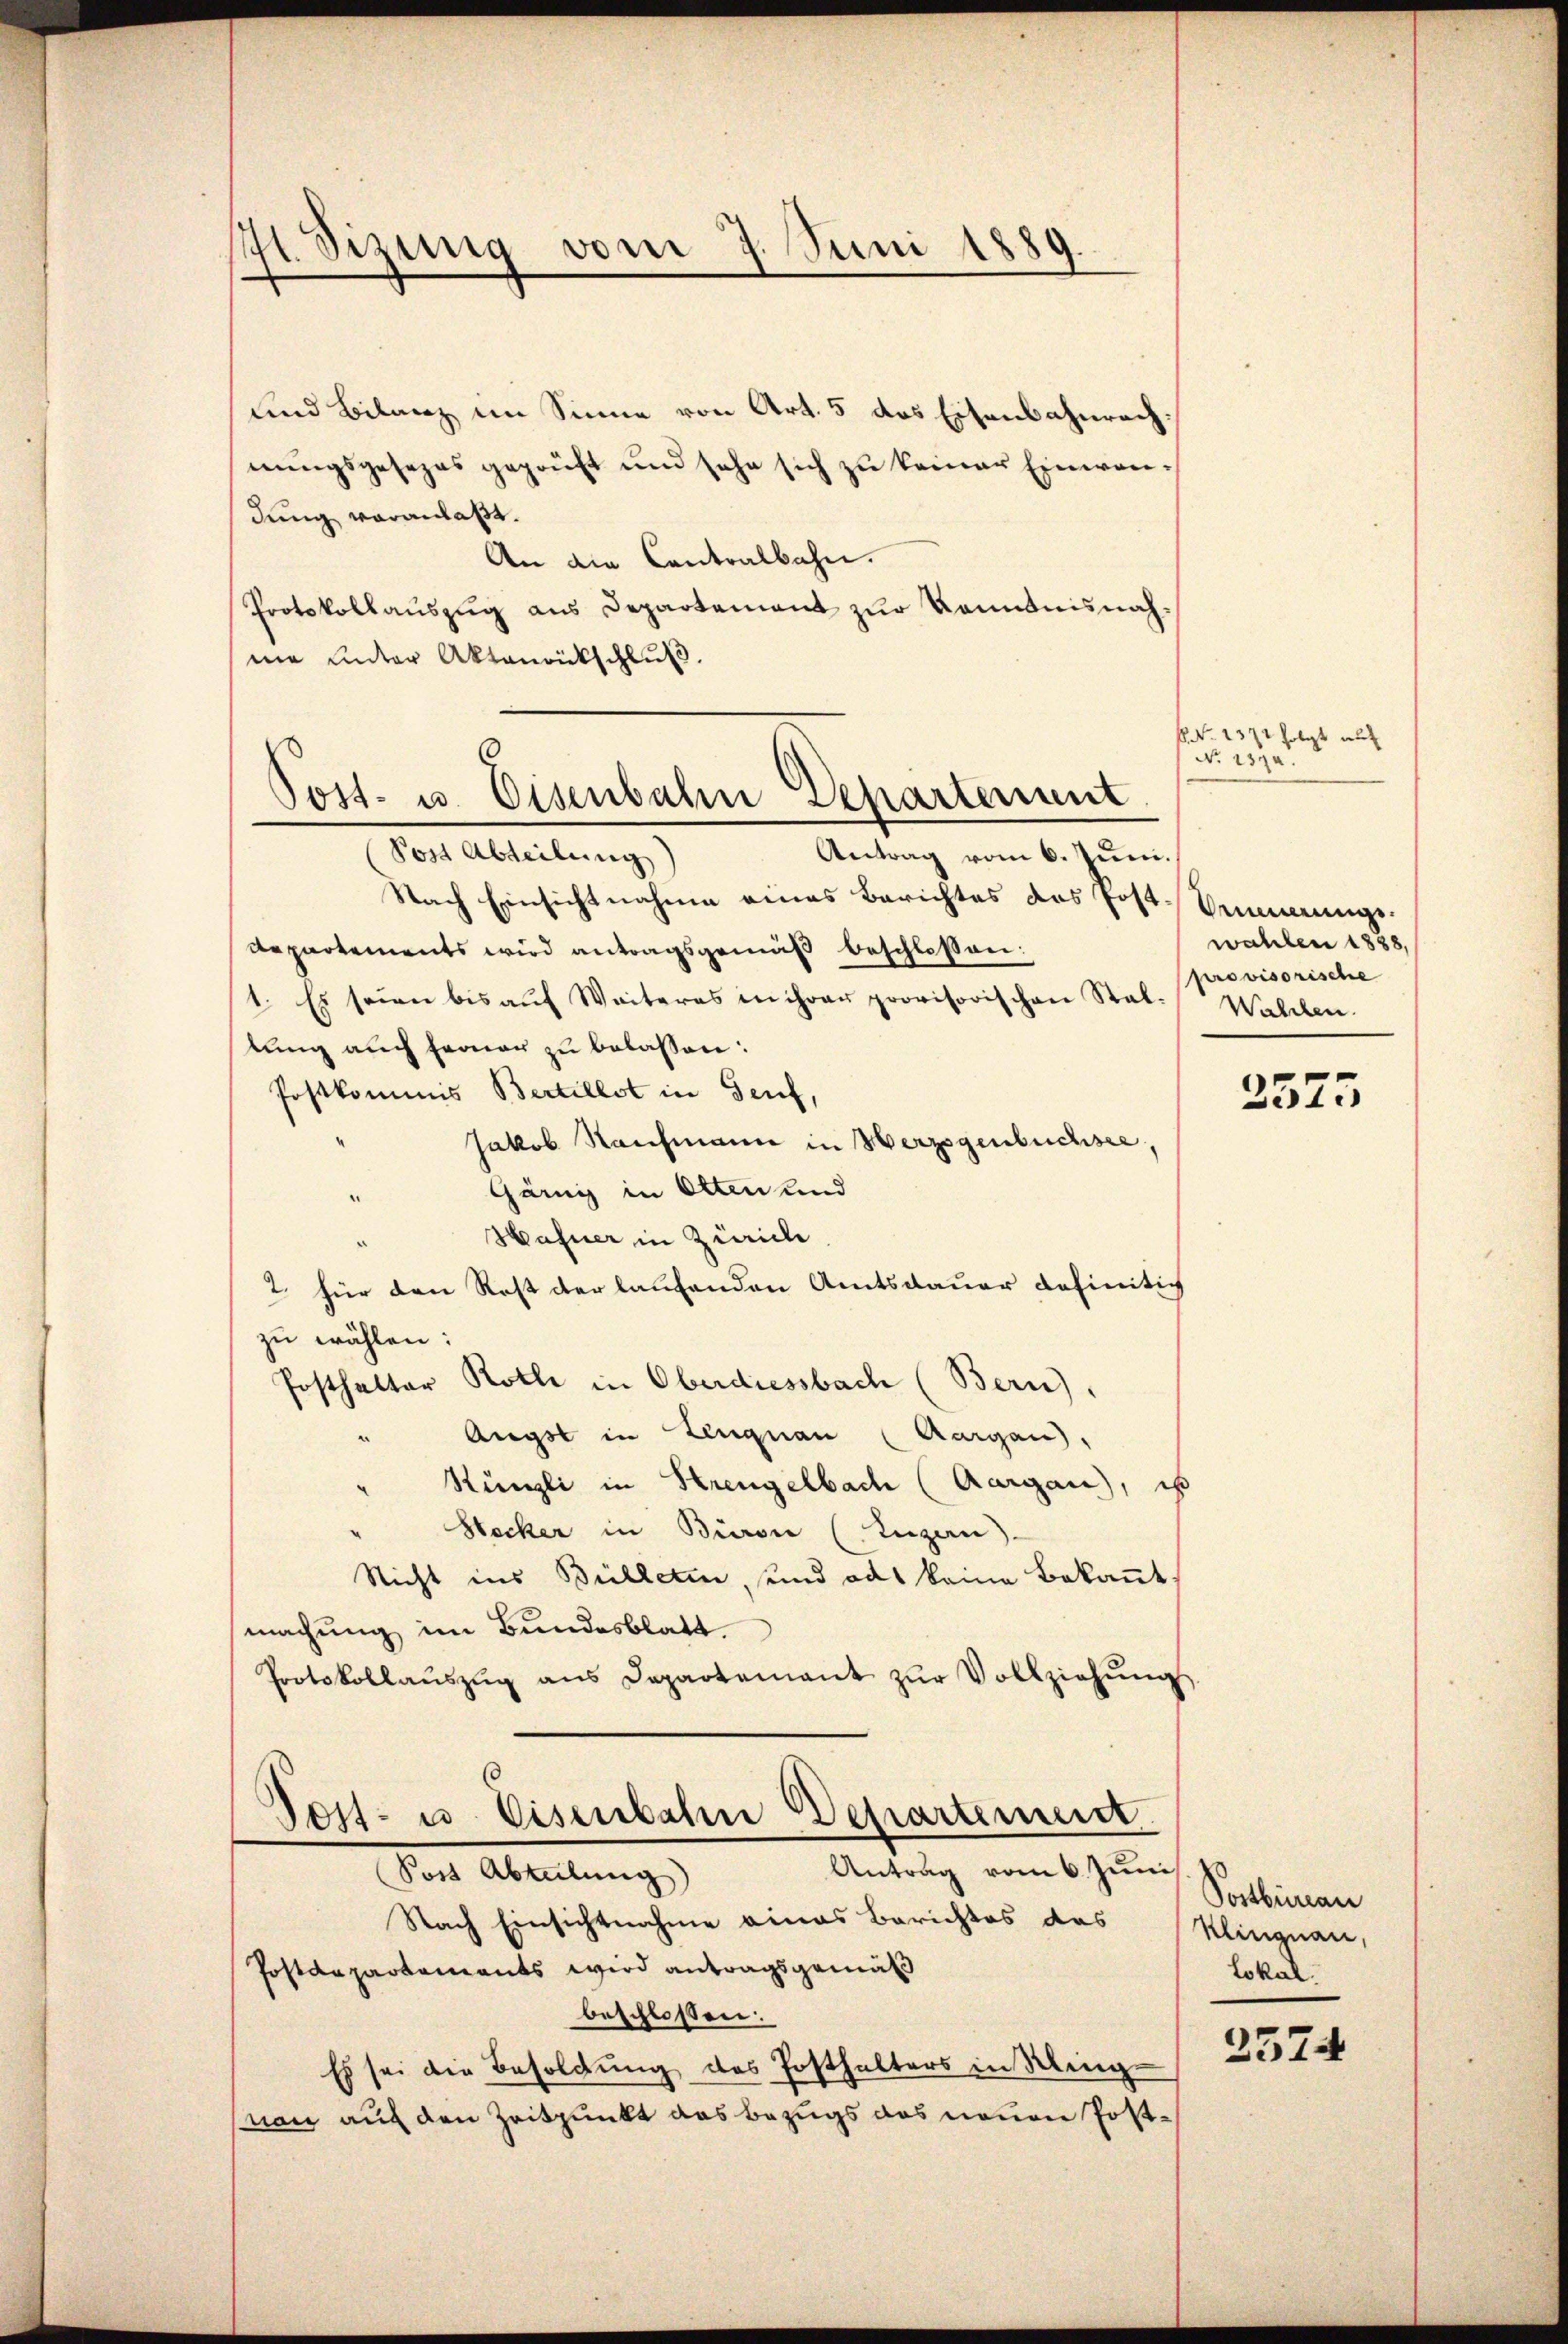
41. Sizung vom 7. Juni 1889.

und Bilanz im Sinne von Art. 5 das Eisenbahnrach:
nungsgesezes geprüft und sehe sich zu keiner Einwendung voranlaßt.
An die Contralbahn.
Protokollauszug aus Departement zur Kenntnisnahnie unter Aktenrückschluß.

Nach Einsichtnahme eines Berichtes das Post-Seminge¬
Repartements wird antragsgemäß beschlossen:
1. Es seien bis aŭf Weiteres in ihrer provisorischen Stal-
lung auch ferner zu belassen:
Postkommis Bertillst in Genf,
Jakob Reichmann in Herzogenbuchsee,
Gärny in Otten und
Hafner in Zürich
2. für den Rest der laufenden Amtsdauer definitiv
zu wählen:
Posthalter Roth in Oberdiessbach (Bern),
" Angst in Lengnau (Aargau,
" Rüngli in Strengelbach (Aargau), ist
Stecker in Büren (Luzern)
Nicht ins Bülleten, und ad keine Bekannt
machung im Bundesblatt
Protokollaŭszŭg ans Departement zŭr Vollziehŭng
Post- u. Eisenbahn Departement
Antrag vom 6. Juni
Sost Abteilung
Nach Einsichtnahme eines Berichtes das
Postdepartements wird antragsgemäß
beschlossen:
Es sei die Besoldung des Posthalters in Win
non auf den Zeitpunkt das Bezugs das neuen Post¬

Post- u. Eisenbahn Departement
Post Abteilung
Antrag vom 6. Juni.

NNo. 1371 folgt wur
No 137.

wahlen 1888,
provisorische
Wahlen.

2575

Postbeinan
Klingnau,
Lokal.

2574